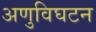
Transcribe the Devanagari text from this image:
अणुविघटन